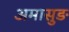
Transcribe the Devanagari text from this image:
अमासुङ